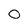
Character: O